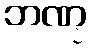
ဘဏ္